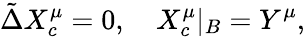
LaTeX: \tilde{\Delta}{X_{c}^{\mu}}=0,\quad{X_{c}^{\mu}}{|_{B}}={Y^{\mu}},